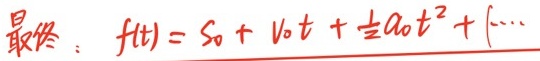
最终：\(f(t)=s_0 + v_0t+\frac{1}{2}a_0t^{2}+(\cdots)\)